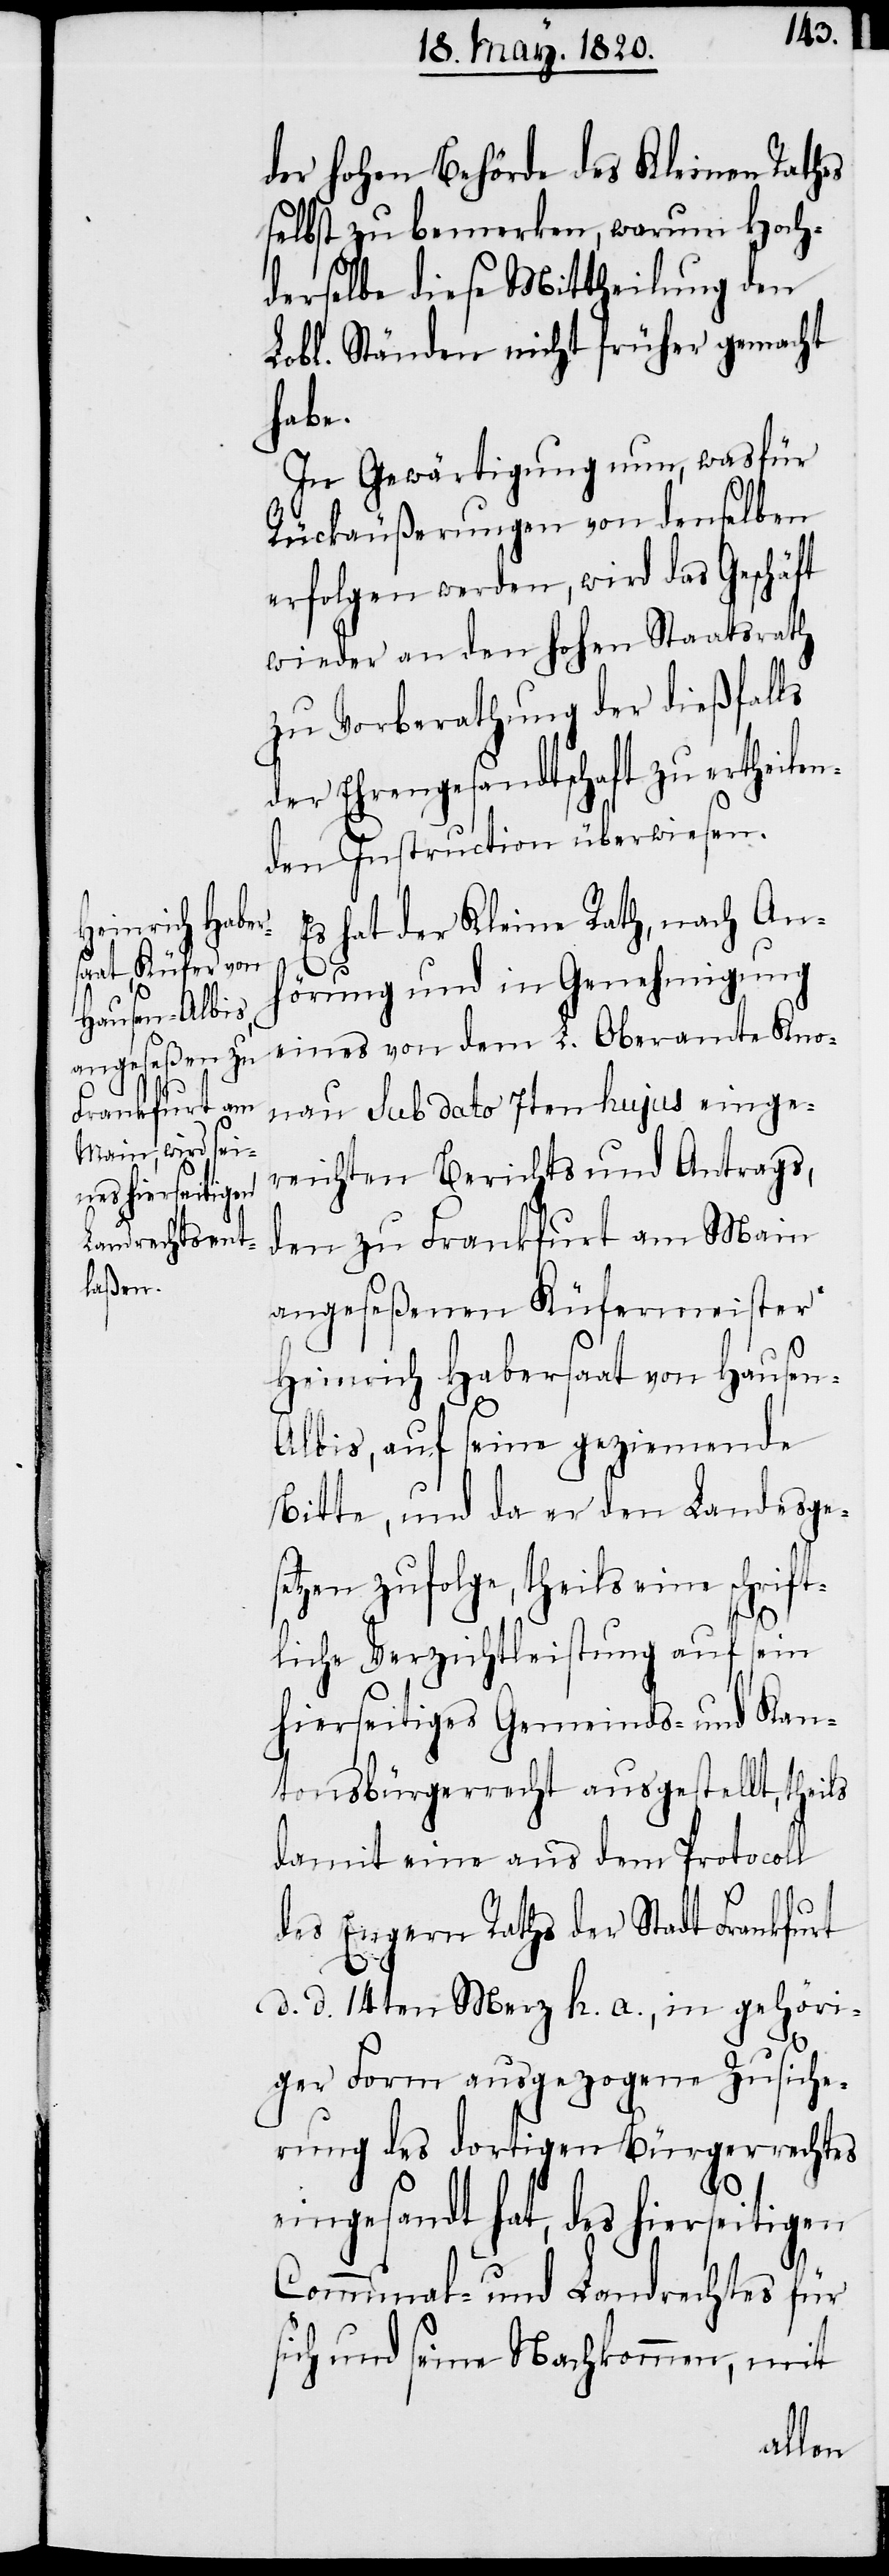
der Hohen Behörde des Kleinen Rathes
selbst zu bemerken, warum Hoch¬
derselbe diese Mittheilung den
Lobl. Ständen nicht früher gemacht
habe.
In Gewärtigung nun, was für
Rückäußerungen von denselben
erfolgen werden, wird das Geschäft
wieder an den Hohen Staatsrath
zu Vorberathung der dießfalls
der Ehrengesandtschaft zu ertheilen¬
den Instruction überwiesen.
Es hat der Kleine Rath, nach An¬
hörung und in Genehmigung
eines von dem L. Oberamte Kno¬
nau sub dato 7ten hujus einge¬
reichten Berichts und Antrags,
den zu Frankfurt am Main
angeseßenen Küfermeister
Heinrich Habersaat von Hausen-A¬
lbis, auf seine geziemende
Bitte, und da er den Landesges¬
etzen zufolge, theils eine schrift¬
liche Verzichtleistung auf sein
hierseitiges Gemeinds- und Kan¬
tonsbürgerrecht ausgestellt, theils
damit eine aus dem Protocoll
des Engern Raths der Stadt Frankfurt
d. d. 14ten Merz h. a., in gehöri¬
ger Form ausgezogene Zusiche¬
rung des dortigen Bürgerrechtes
eingesandt hat, des hierseitigen
Communal- und Landrechtes für
sich und seine Nachkommen, mit